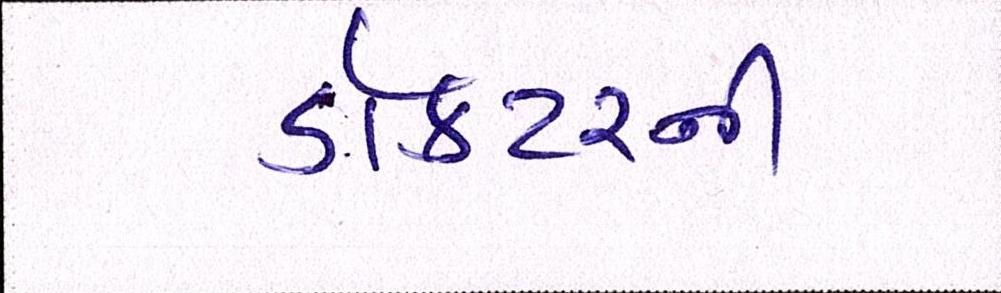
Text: ડોકટરની